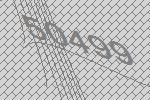
50499